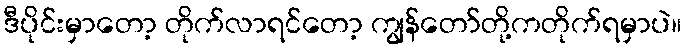
ဒီပိုင်းမှာတော့ တိုက်လာရင်တော့ ကျွန်တော်တို့ကတိုက်ရမှာပဲ။